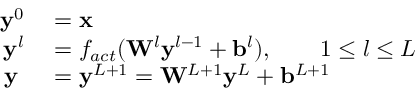
\begin{array} { r l } { \mathbf { y } ^ { 0 } } & { { } = \mathbf { x } } \\ { \mathbf { y } ^ { l } } & { { } = f _ { a c t } ( \mathbf { W } ^ { l } \mathbf { y } ^ { l - 1 } + \mathbf { b } ^ { l } ) , \qquad 1 \le l \le L } \\ { \mathbf { y } \; } & { { } = \mathbf { y } ^ { L + 1 } = \mathbf { W } ^ { L + 1 } \mathbf { y } ^ { L } + \mathbf { b } ^ { L + 1 } } \end{array}